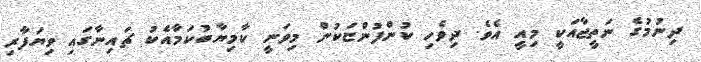
ދިނުމުގެ ނަތީޖާއަކީ މިއީ އެވެ. ދިވެހި ކުންފުންޏަކުން މިވަނީ ކާމިޔާބުކަމާއެކު ޗައިނާގައި ވިޔަފާރި